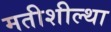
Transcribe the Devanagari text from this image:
मतीशील्था